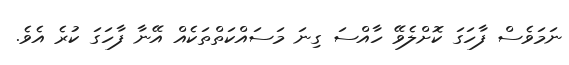
ނަމަވެސް ފާހަގަ ކޮށްލެވޭ ހާއްސަ ގިނަ މަސައްކަތްތަކެއް އޭނާ ފާހަގަ ކުރެ އެވެ.